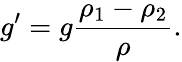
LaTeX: g^{\prime}=g{\frac{\rho_{1}-\rho_{2}}{\rho}}.